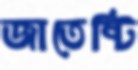
জাতেষ্টি